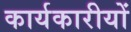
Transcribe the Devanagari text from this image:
कार्यकारीयों